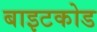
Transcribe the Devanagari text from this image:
बाइटकोड